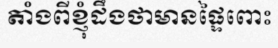
តាំងពីខ្ញុំដឹងថាមានផ្ទៃពោះ